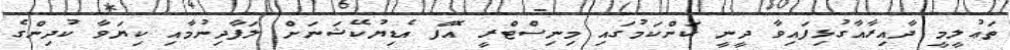
ތަޢުލީމީ ދާއިރާއާގުޅިފައިވާ ދީނީ ކަންކަމުގައި މިނިސްޓްރީ އޮފް އެޑިޔުކޭޝަނަށް ލަފާދިނުމާއި ކިޔަވާ ކުދިންގެ